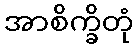
အာစိက္ခိတုံ